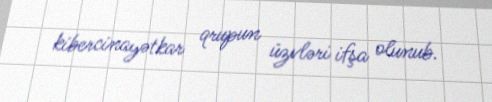
kibercinayətkar qrupun üzvləri ifşa olunub.